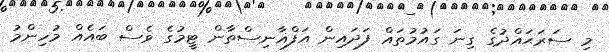
މި ސަރަޙައްދުގެ ގިނަ ގައުމުތައް ފަދައިން އަފްޣާނިސްތާން ޓީމުގެ ވެސް ބައެއް މުހިންމު